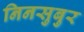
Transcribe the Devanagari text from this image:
निनसुबुर